Scottish Leaving Certificate Examination, 1961
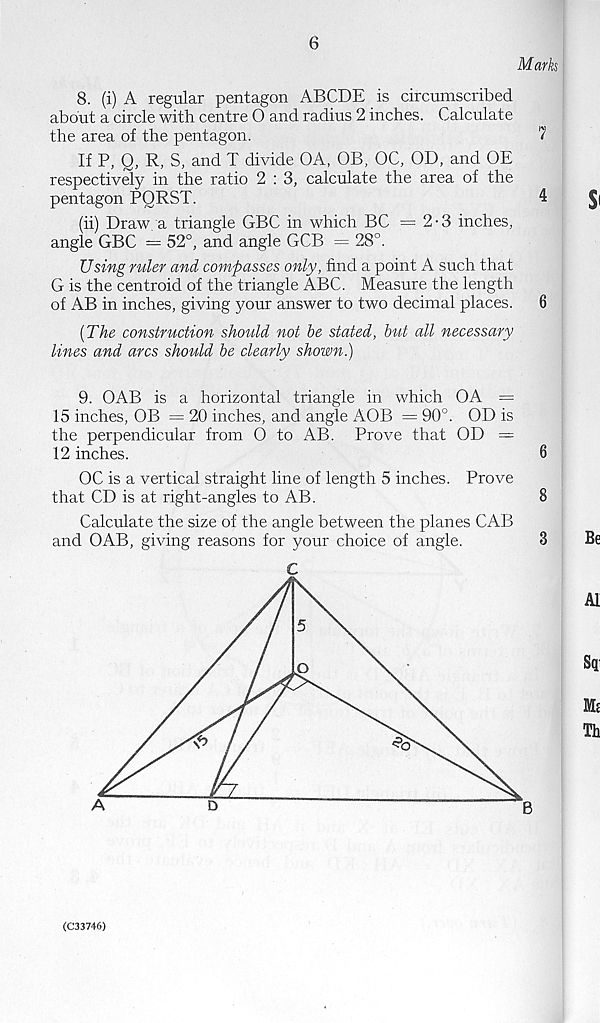
6
Mark
8. (i) A regular pentagon ABCDE is circumscribed
about a circle with centre 0 and radius 2 inches. Calculate
the area of the pentagon.
7
If P, Q, R, S, and T divide OA, OB, OC, OD, and OE
respectively in the ratio 2 : 3, calculate the area of the
pentagon PQRST.
4
(ii) Draw a triangle GBC in which BC =2-3 inches,
angle GBC = 52°, and angle GCB - 28°.
Using ruler and compasses only, find a point A such that
G is the centroid of the triangle ABC. Measure the length
of AB in inches, giving your answer to two decimal places.
6
[The construction should not be stated, but all necessary
lines and arcs should be clearly shown.)
9. OAB is a horizontal triangle in which OA =
15 inches, OB — 20 inches, and angle AOB = 90°. OD is
the perpendicular from 0 to AB. Prove that OD =
12 inches.
6
OC is a vertical straight line of length 5 inches. Prove
that CD is at right-angles to AB.
8
Calculate the size of the angle between the planes CAB
and OAB, giving reasons for your choice of angle.
3
C
(C33746)